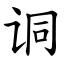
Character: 𫍣